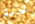
لخدمة